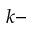
k -